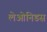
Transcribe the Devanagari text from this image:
लेओनिडस